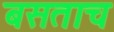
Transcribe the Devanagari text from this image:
बसताच